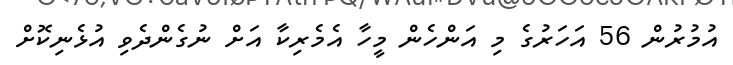
އުމުރުން 56 އަހަރުގެ މި އަންހެން މީހާ އެމެރިކާ އަށް ނުގެންދެވި އުޅެނިކޮށް